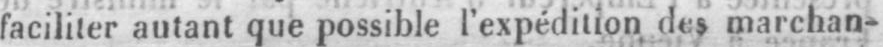
faciliter autant que possible l’expédition des marchan-